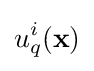
u_{q}^{i}({\textbf {x}})